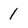
Character: 1